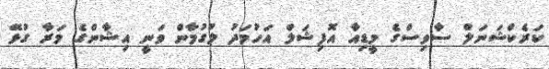
ކަރެކްޝަނަލް ސާވިސްގެ މީޑިއާ އޮފިޝަލް އަހުމަދު ލުގުމާން ވަނީ އިޝާންގެ މަރާ ގުޅޭ